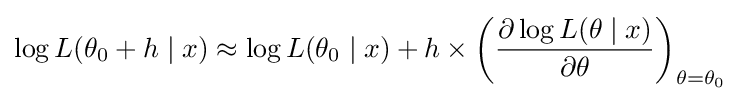
\log L(\theta _{0}+h\mid x)\approx \log L(\theta _{0}\mid x)+h\times \left({\frac {\partial \log L(\theta \mid x)}{\partial \theta }}\right)_{\theta =\theta _{0}}